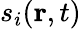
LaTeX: s_{i}(\textbf{r},t)